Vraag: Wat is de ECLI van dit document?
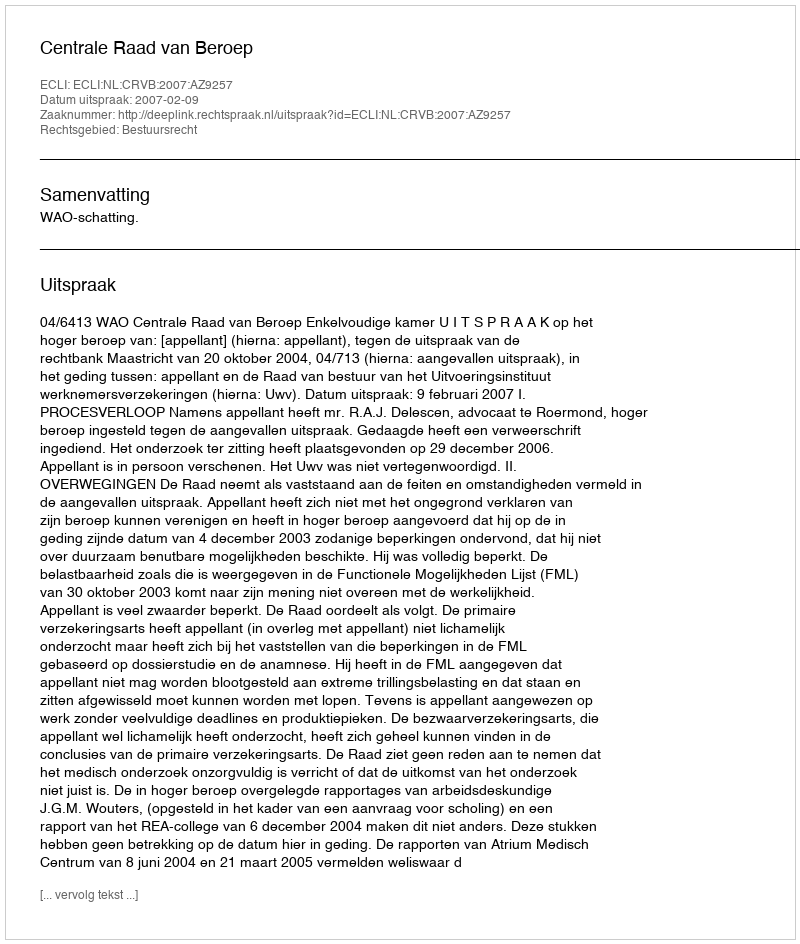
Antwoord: ECLI:NL:CRVB:2007:AZ9257